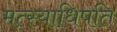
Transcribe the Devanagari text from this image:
मत्स्याधिपति